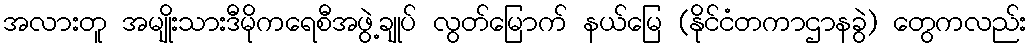
အလားတူ အမျိုးသားဒီမိုကရေစီအဖွဲ့ချုပ် လွတ်မြောက် နယ်မြေ (နိုင်ငံတကာဌာနခွဲ) တွေကလည်း